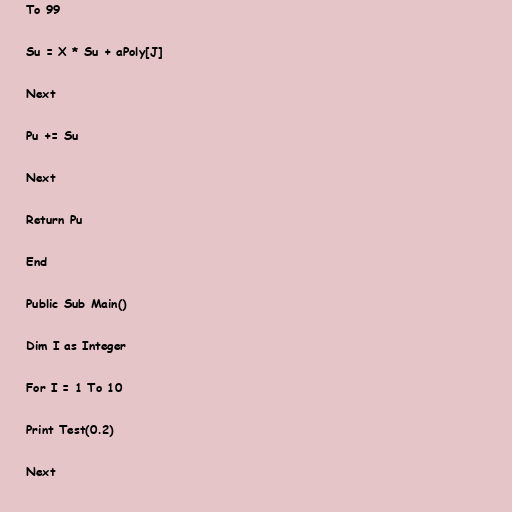
To 99

Su = X * Su + aPoly[J]

Next

Pu += Su

Next

Return Pu

End

Public Sub Main()

Dim I as Integer

For I = 1 To 10

Print Test(0.2)

Next